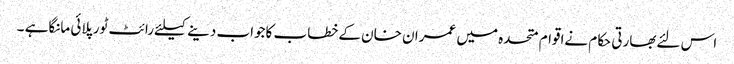
اس لئےبھارتی حکام نےاقوام متحدہ میں عمران خان کےخطاب کاجواب دینےکیلئےرائٹ ٹورپلائی مانگاہے ۔